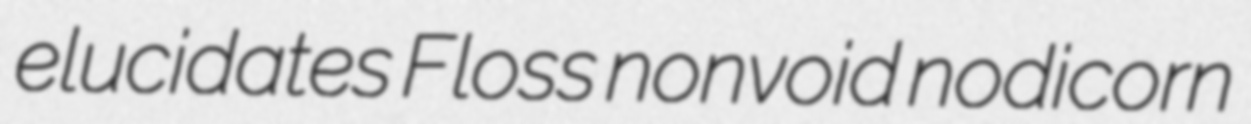
elucidates Floss nonvoid nodicorn